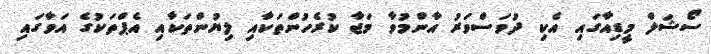
ސޯޝަލް މީޑިއާގައި އެކި ދުވަސްވަރު އާންމުވާ މަޖާ ކުރެހުންތަކާއި ލިޔުންތަކާއި އެޕްތަކުގެ އަވާގައި